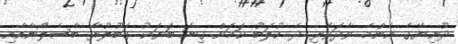
ދުނިޔޭގެ އެންމެ ވާދަވެރި ދެ ކުލަބު ކަމަށް ގިނަ ބަޔަކު ގަބޫލުރާ ބާސެލޯނާއާއި